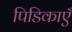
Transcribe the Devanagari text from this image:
पिडिकाएँ